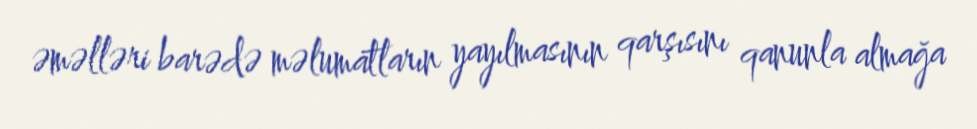
əməlləri barədə məlumatların yayılmasının qarşısını qanunla almağa